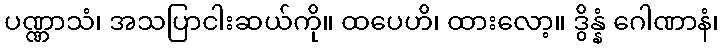
ပဏ္ဏာသံ၊ အသပြာငါးဆယ်ကို။ ထပေဟိ၊ ထားလော့။ ဒွိန္နံ ဂေါဏာနံ၊